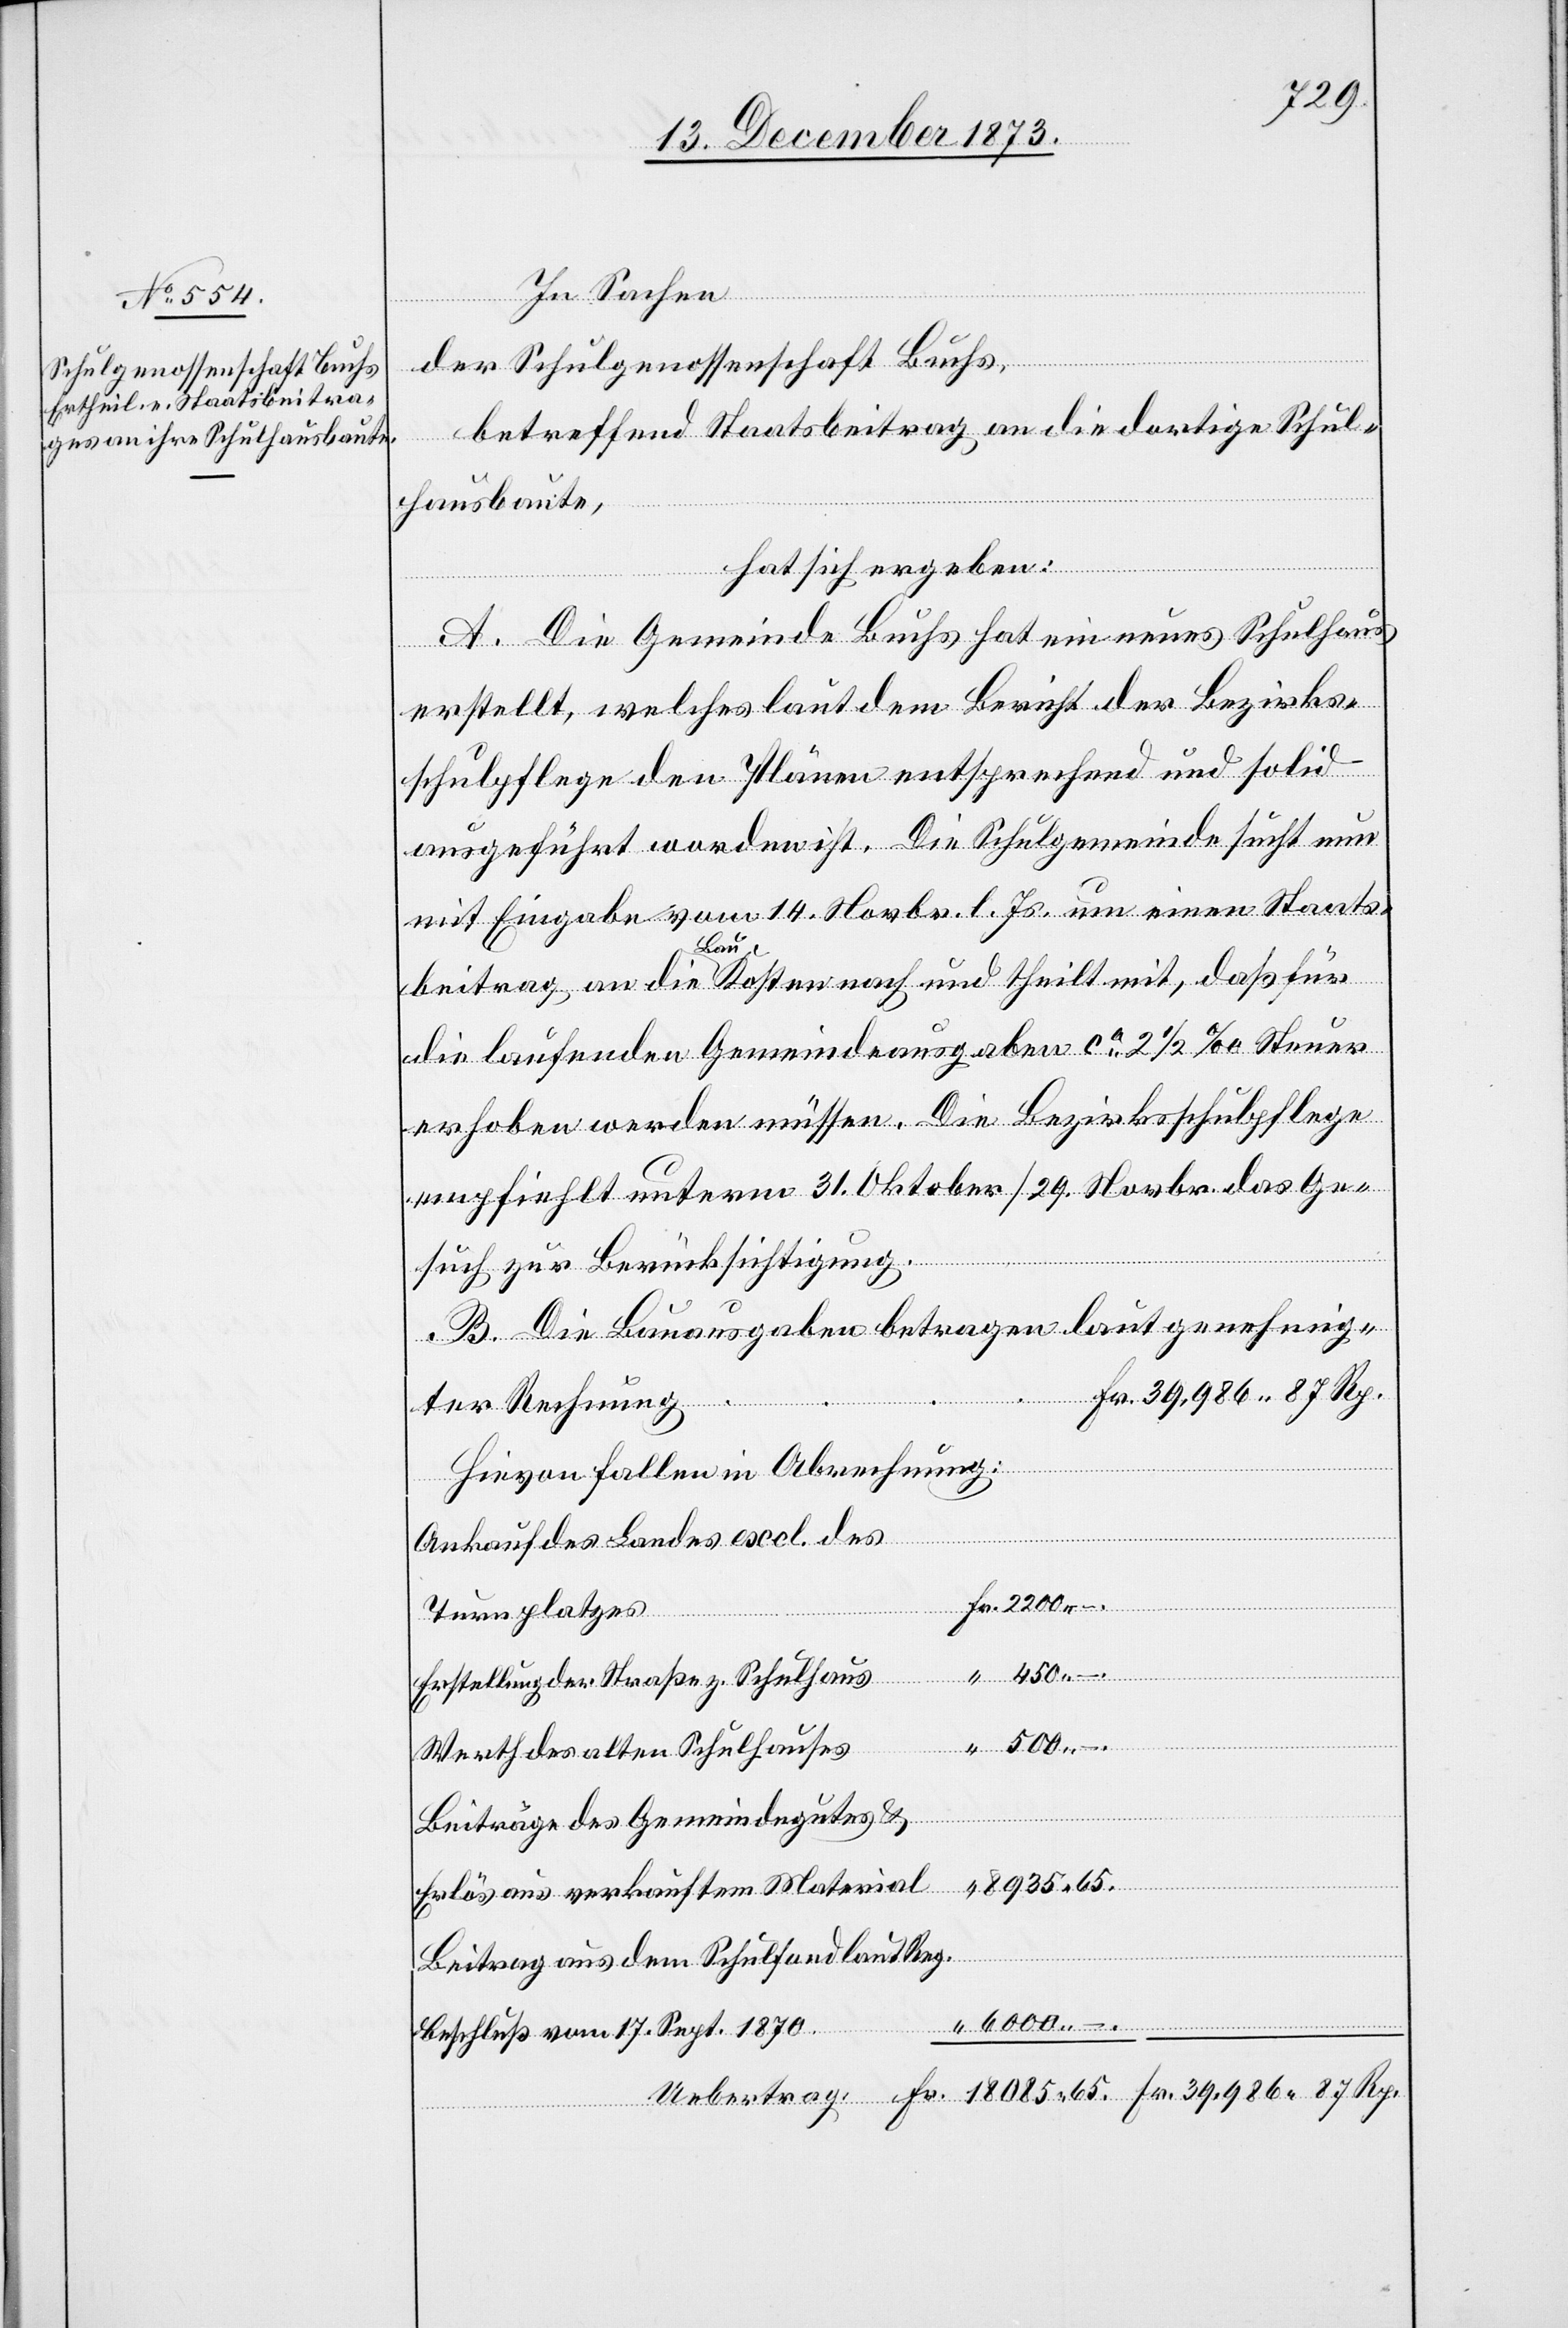
In Sachen
der Schulgenossenschaft Buchs,
betreffend Staatsbeitrag an die dortige Schul¬
–.
hausbaute,
hat sich ergeben:
A. Die Gemeinde Buchs hat ein neues Schulhaus
erstellt, welches laut dem Bericht der Bezirks¬
schulpflege den Plänen entsprechend und solid
ausgeführt worden ist. Die Schulgemeinde sucht nun
mit Eingabe vom 14. Novbr. l. Js. um einen Staats¬
beitrag an die Baukosten nach und theilt mit, daß für
die laufenden Gemeindeausgaben ca 2 1/2‰ Steuer
erhoben werden müssen. Die Bezirksschulpflege
empfiehlt unterm 31. Oktober/29. Novbr. das Ge¬
such zur Berücksichtigung.
B. Die Bauausgaben betragen laut genehmig¬
39,986 87 Rp.
Fr.
ter Rechnung
Hievon fallen in Abrechnung:
Ankauf des Landes excl. des
Turnplatzes
2 200 –.
Erstellung der Straße z. Schulhaus
Werth des alten Schulhauses
Beiträge des Gemeindegutes &
8 935 65.
Erlös aus verkauftem Material
Beitrag aus dem Schulfond laut Reg.
6 000 –.
Beschluß vom 17. Sept. 1870